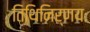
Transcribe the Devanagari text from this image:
तिथिनिर्णयः